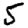
Digit: 5